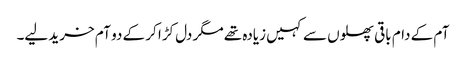
آم کے دام باقی پھلوں سے کہیں زیادہ تھے مگر دل کڑا کر کے دو آم خرید لیے۔